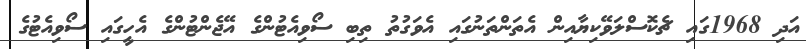
އަދި 1968ގައި ޗެކޮސްލަވޭކިޔާއިން އެތަންތަނުގައި އެވަގުތު ތިބި ސޯވިއެޓުންގެ އޭޖެންޓުންގެ އެހީގައި ސޯވިއެޓުގެ